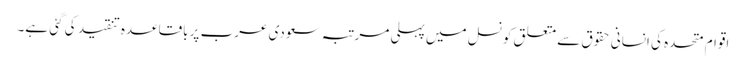
اقوام متحدہ کی انسانی حقوق سے متعلق کونسل میں پہلی مرتبہ سعودی عرب پر باقاعدہ تنقید کی گئی ہے۔